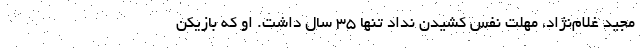
مجید غلام‌نژاد، مهلت نفس کشیدن نداد تنها ۳۵ سال داشت. او که بازیکن